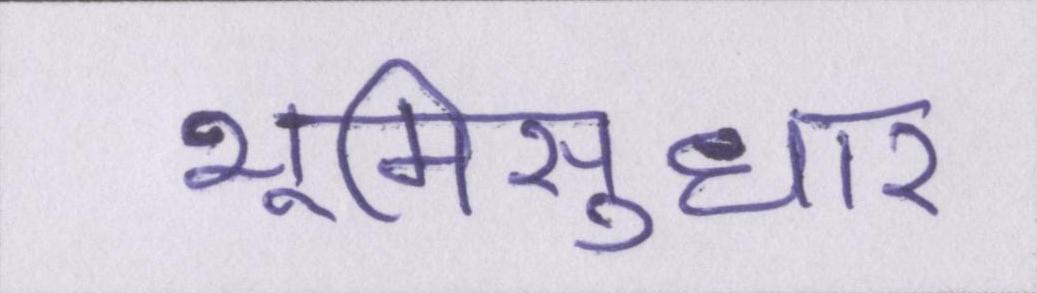
भूमिसुधार